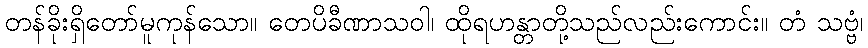
တန်ခိုးရှိတော်မူကုန်သော။ တေပိခီဏာသဝါ၊ ထိုရဟန္တာတို့သည်လည်းကောင်း။ တံ သဗ္ဗံ၊